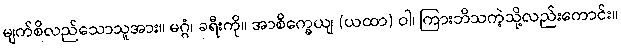
မျက်စိလည်သောသူအား။ မဂ္ဂံ၊ ခရီးကို။ အာစိက္ခေယျ (ယထာ) ဝါ၊ ကြားဘိသကဲ့သို့လည်းကောင်း။